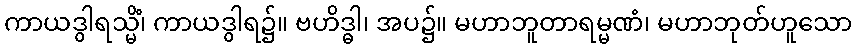
ကာယဒွါရသ္မိံ၊ ကာယဒွါရ၌။ ဗဟိဒ္ဓါ၊ အပ၌။ မဟာဘူတာရမ္မဏံ၊ မဟာဘုတ်ဟူသော